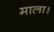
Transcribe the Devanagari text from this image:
माला।